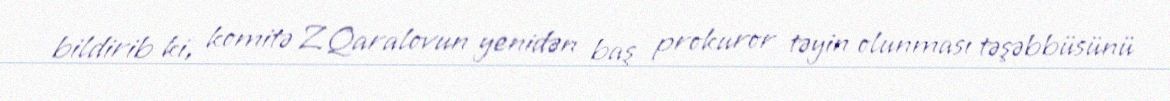
bildirib ki, komitə Z.Qaralovun yenidən baş prokuror təyin olunması təşəbbüsünü